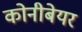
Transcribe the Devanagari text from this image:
कोनीबेयर